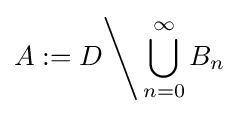
A:=D{\Bigg \backslash }\bigcup _{n=0}^{\infty }B_{n}